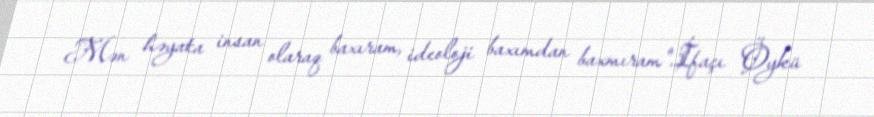
Mən həyata insan olaraq baxıram, ideoloji baxımdan baxmıram".İfaçı Öykü